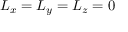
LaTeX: L _ { x } = L _ { y } = L _ { z } = 0